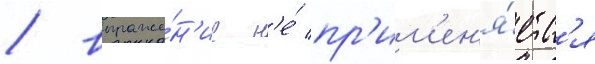
/ выраже́н'ие н'е́ пр'им'ен'я́етс'я